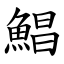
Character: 鯧